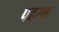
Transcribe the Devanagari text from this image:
पदरथ